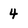
Character: 4